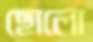
ছোলো